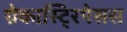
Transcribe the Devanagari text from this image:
ग्रेकास्टि्रपेसस